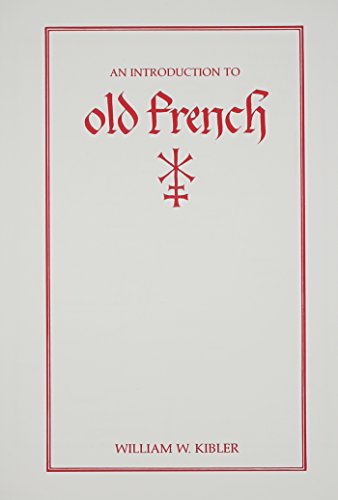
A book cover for An Introduction to Old French (Introductions to Older Languages); William W. Kibler; Reference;